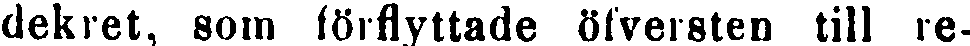
dekret, 80m förflyttade öfversten till re-